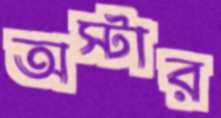
অস্টার